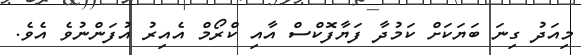
މިއަދު ގިނަ ބަޔަކަށް ކަމުދާ ފަޔާފޮކްސް އާއި ކްރޯމް އެއިރު އުފަންނުވެ އެވެ.